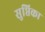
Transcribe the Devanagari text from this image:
सुप्तिका